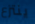
ينتزع